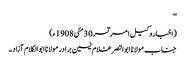
‘‘
(اخبار وکیل امرتسر30مئی 1908ء)
جناب مولانا ابوالنصر غلام یٰسین برادر مولانا ابوالکلام آزاد۔